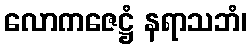
လောကဇေဋ္ဌံ နရာသဘံ၊